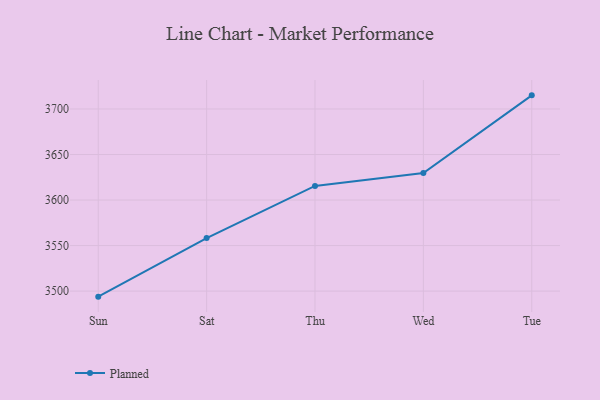
{"axis": {"x": "Day", "y": "Shipments"}, "legend": ["Planned"], "data": [{"x": "Sun", "y": 3493.9, "type": "Planned"}, {"x": "Sat", "y": 3558.2, "type": "Planned"}, {"x": "Thu", "y": 3615.5, "type": "Planned"}, {"x": "Wed", "y": 3629.7, "type": "Planned"}, {"x": "Tue", "y": 3715.0, "type": "Planned"}]}